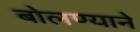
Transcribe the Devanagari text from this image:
बोलण्याने